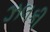
ઝલકી